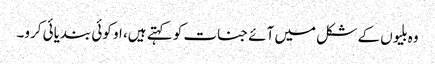
وہ بلیوں کے شکل میں آئے جنات کو کہتے ہیں، او کوئی بندیائی کرو۔